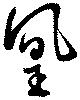
凰